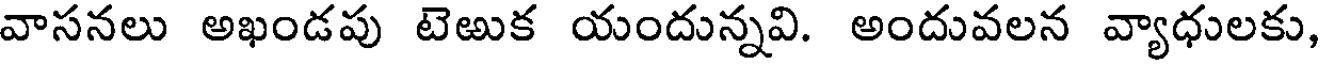
వాసనలు అఖండపు టెఱుక యందున్నవి. అందువలన వ్యాధులకు,